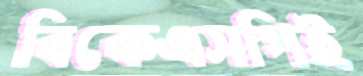
বিকেএসপিই